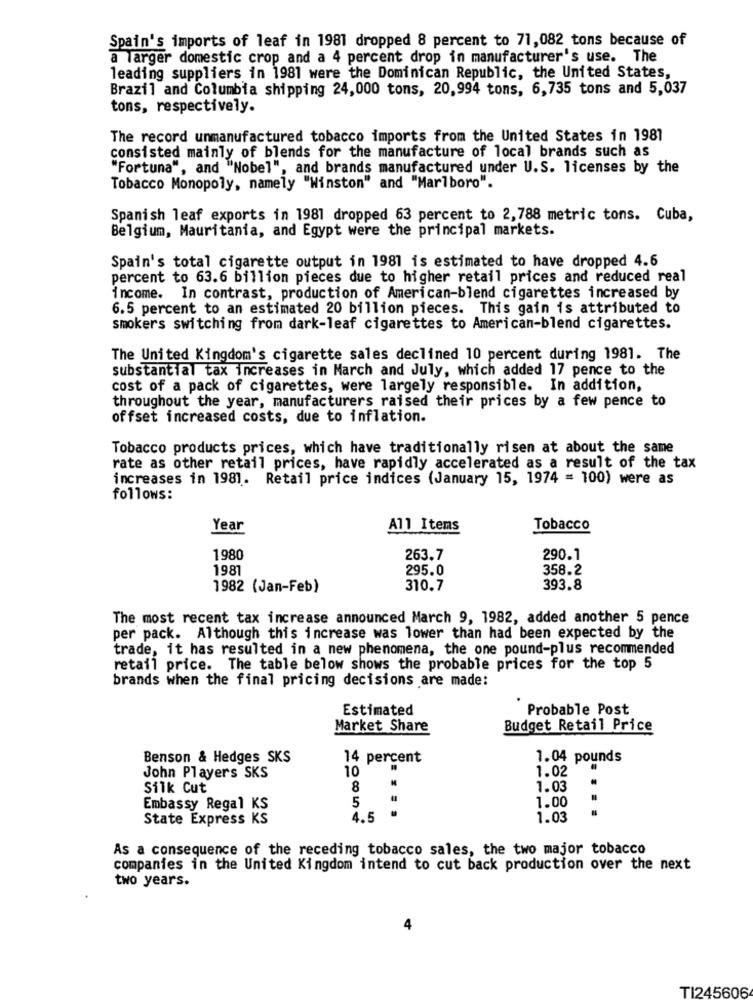
Spain's imports of leaf in 1981 dropped 8 percent to 71,082 tons because of
a larger domestic crop and a 4 percent drop in manufacturer's use. The
leading suppliers in 1981 were the Dominican Republic, the United States,
Brazil and Columbia shipping 24,000 tons, 20,994 tons, 6,735 tons and 5,037
tons, respectively.
The record unmanufactured tobacco imports from the United States in 1981
consisted mainly of blends for the manufacture of local brands such as
"Fortuna", and "Nobel", and brands manufactured under U.S. licenses by the
Tobacco Monopoly, namely "Winston" and "Marlboro".
Spanish leaf exports in 1981 dropped 63 percent to 2,788 metric tons. Cuba,
Belgium, Mauritania, and Egypt were the principal markets.
Spain's total cigarette output in 1981 is estimated to have dropped 4.6
percent to 63.6 billion pieces due to higher retail prices and reduced real
income. In contrast, production of American-blend cigarettes increased by
6.5 percent to an estimated 20 billion pieces. This gain is attributed to
smokers switching from dark-leaf cigarettes to American-blend cigarettes.
The United Kingdom's cigarette sales declined 10 percent during 1981. The
substantial tax increases in March and July, which added 17 pence to the
cost of a pack of cigarettes, were largely responsible. In addition,
throughout the year, manufacturers raised their prices by a few pence to
offset increased costs, due to inflation.
Tobacco products prices, which have traditionally risen at about the same
rate as other retail prices, have rapidly accelerated as a result of the tax
increases in 1981. Retail price indices (January 15, 1974 = 100) were as
follows:
Year
All Items
Tobacco
1980
263.7
290.1
1981
295.0
358.2
1982 (Jan-Feb)
310.7
393.8
The most recent tax increase announced March 9, 1982, added another 5 pence
per pack. Although this increase was lower than had been expected by the
trade, it has resulted in a new phenomena, the one pound-plus recommended
retail price. The table below shows the probable prices for the top 5
brands when the final pricing decisions are made:
Estimated
Probable Post
Market Share
Budget Retail Price
Benson & Hedges SKS
14 percent
1.04 pounds
10
1.02
John Players SKS
Silk Cut
8
1.03
5
1.00
Embassy Regal KS
. ..
State Express KS
4.5
1.03
As a consequence of the receding tobacco sales, the two major tobacco
companies in the United Kingdom intend to cut back production over the next
two years.
4
TI245606